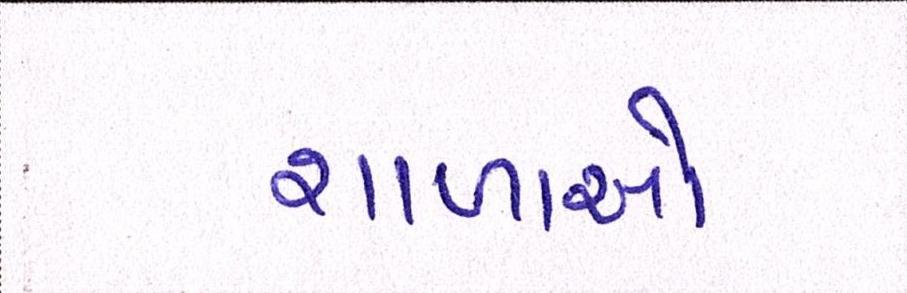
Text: શાળાઓ